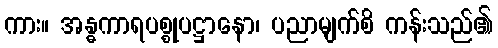
ကား။ အန္ဓကာရပစ္စုပဋ္ဌာနော၊ ပညာမျက်စိ ကန်းသည်၏